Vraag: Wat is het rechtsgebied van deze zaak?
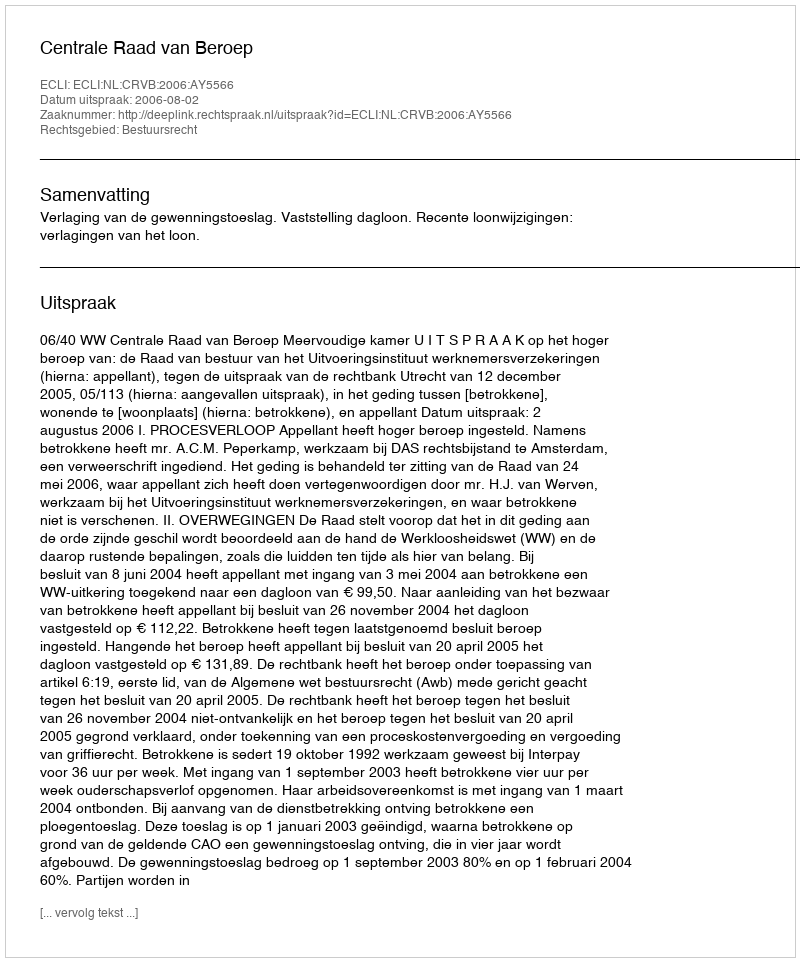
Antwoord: Bestuursrecht